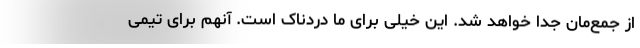
از جمع‌مان جدا خواهد شد. این خیلی برای ما دردناک است. آنهم برای تیمی